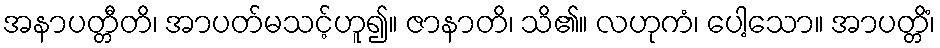
အနာပတ္တီတိ၊ အာပတ်မသင့်ဟူ၍။ ဇာနာတိ၊ သိ၏။ လဟုကံ၊ ပေါ့သော။ အာပတ္တိံ၊